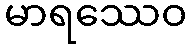
မာရဿေဝ